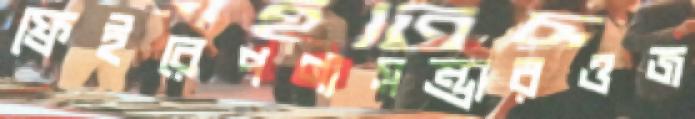
ফ্রেইরেপণ্যসম্ভারওজ